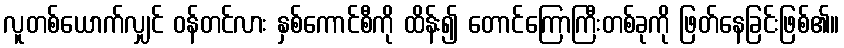
လူတစ်ယောက်လျှင် ဝန်တင်လား နှစ်ကောင်စီကို ထိန်း၍ တောင်ကြောကြီးတစ်ခုကို ဖြတ်နေခြင်းဖြစ်၏။